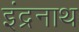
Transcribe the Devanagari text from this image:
इंद्रनाथ